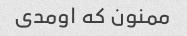
ممنون که اومدی